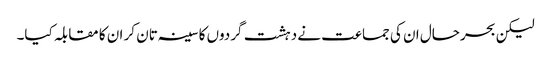
لیکن بحرحال ان کی جماعت نے دہشت گردوں کا سینہ تان کر ان کا مقابلہ کیا۔